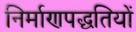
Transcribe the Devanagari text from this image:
निर्माणपद्धतियों